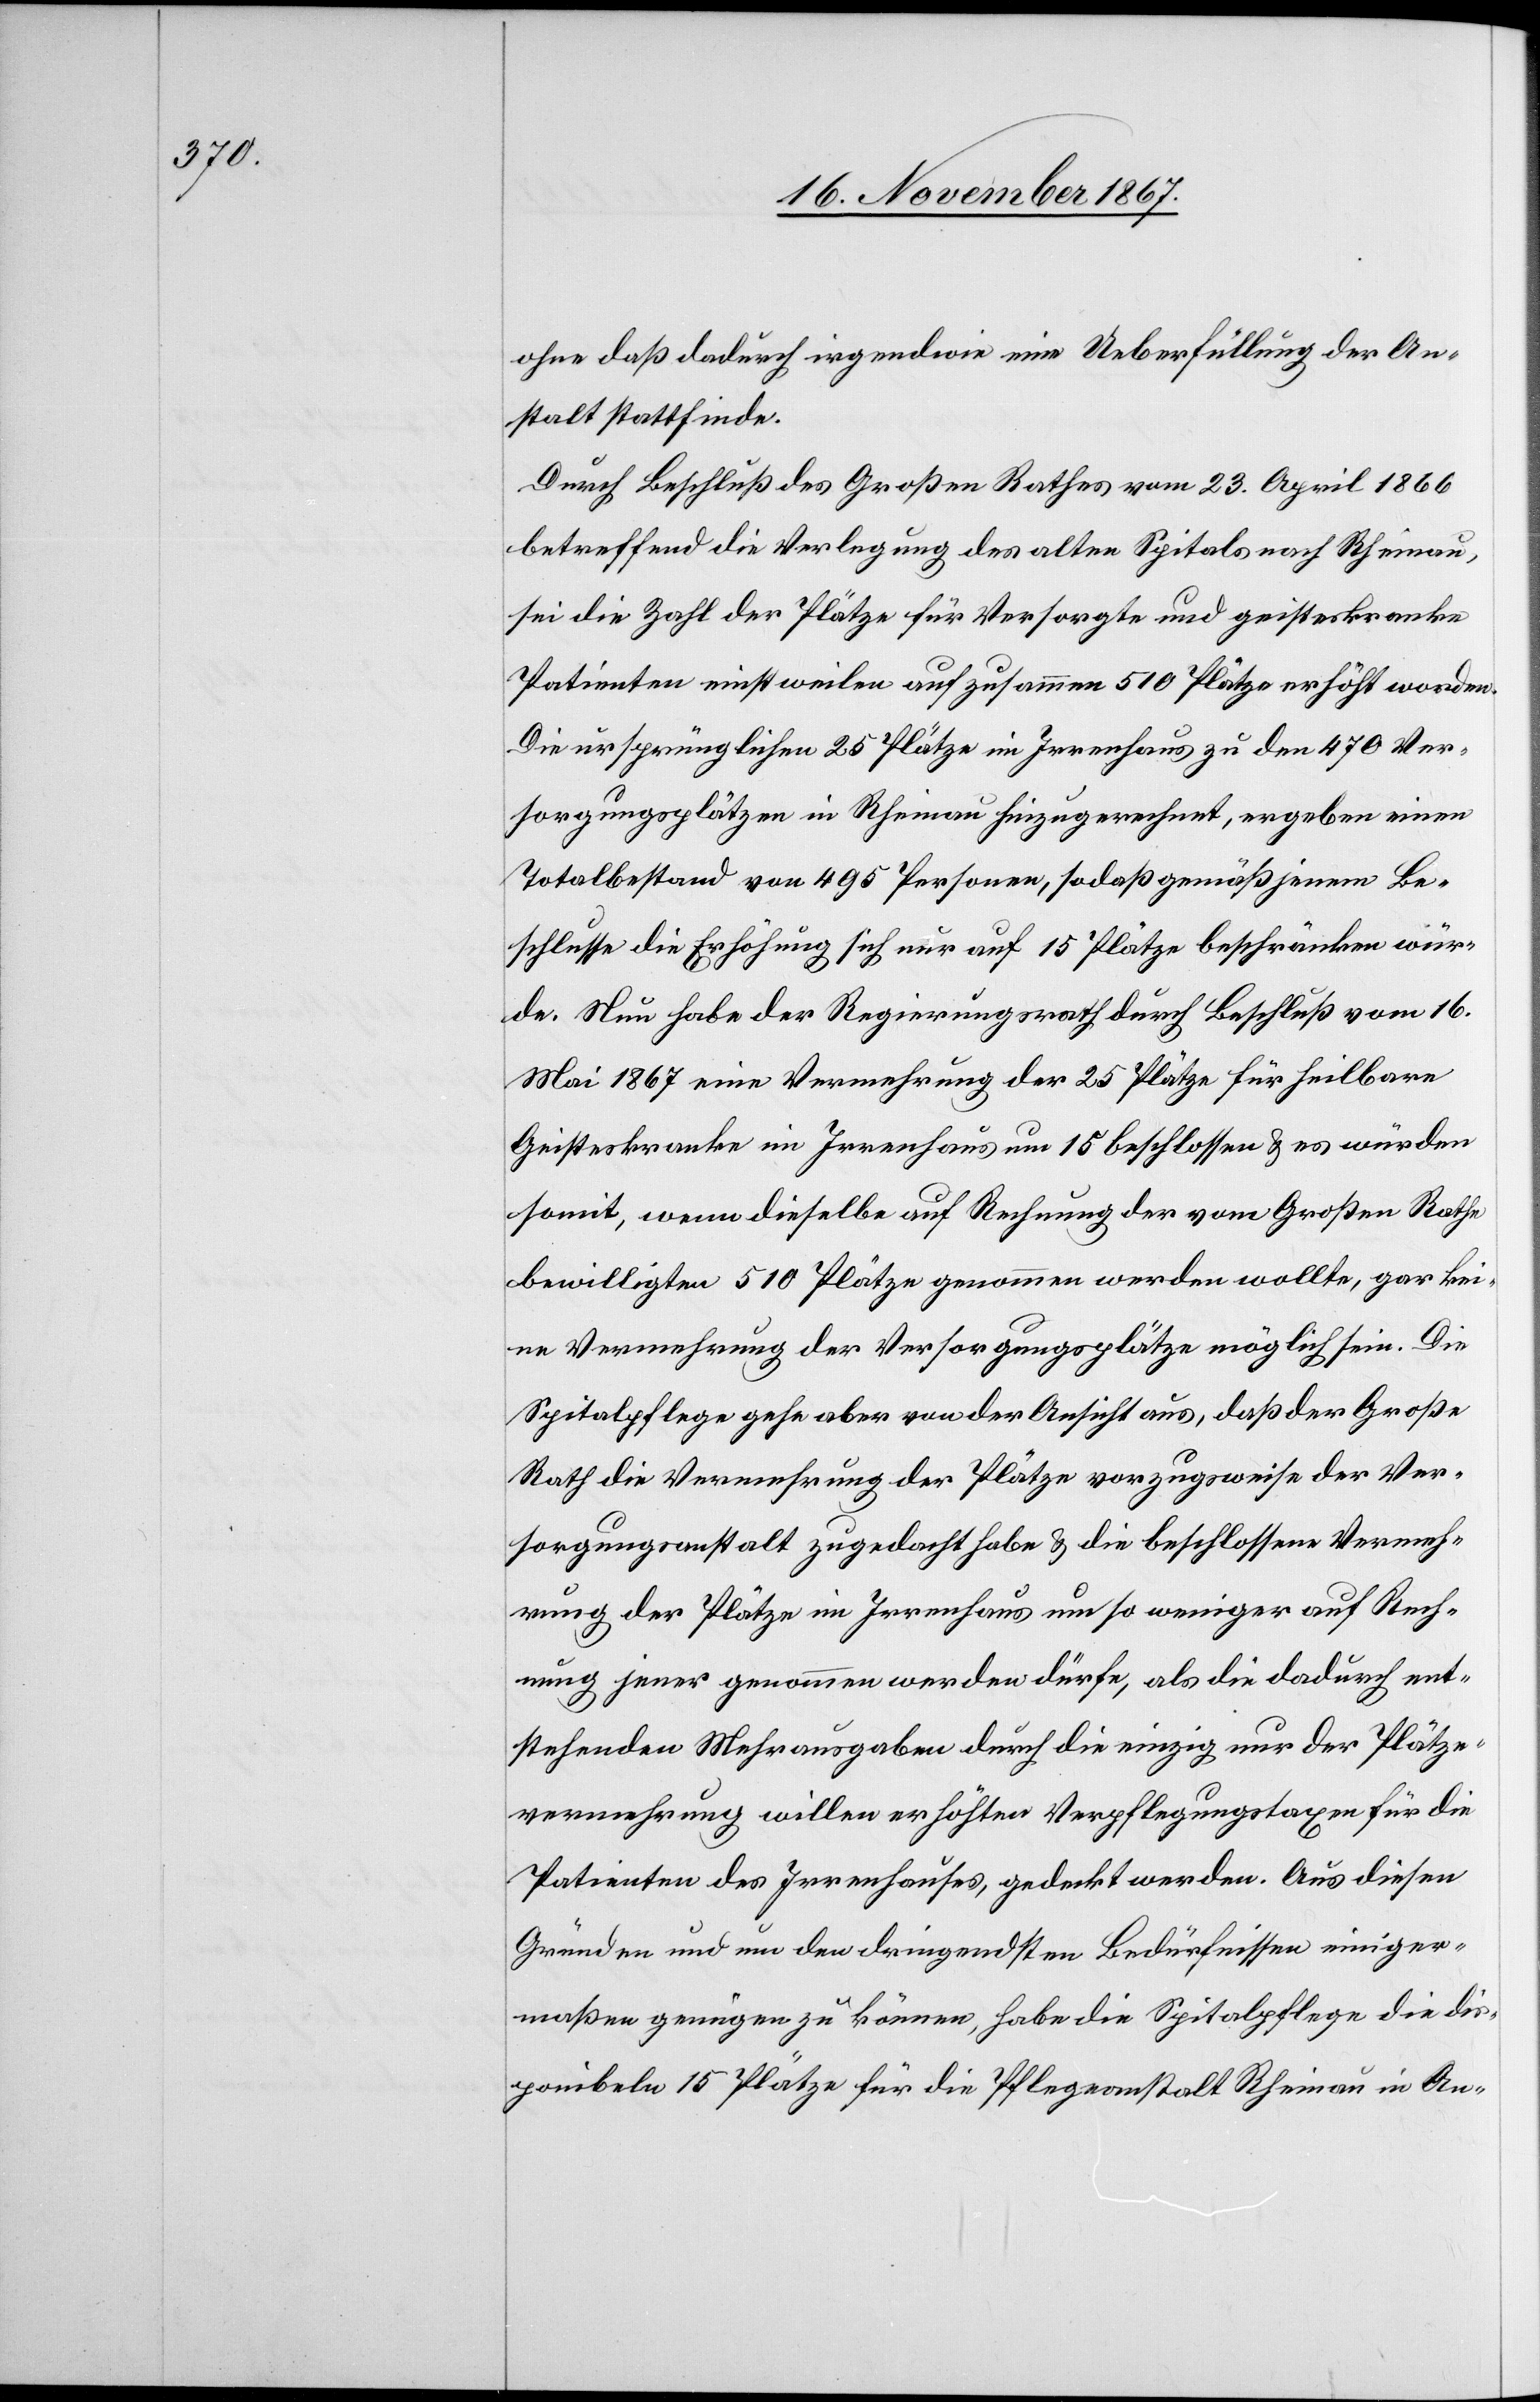
ohne daß dadurch irgendwie eine Ueberfüllung der An¬
stalt stattfinde.
Durch Beschluß des Großen Rathes vom 23. April 1866
betreffend die Verlegung des alten Spitals nach Rheinau,
sei die Zahl der Plätze für Versorgte und geisteskranke
Patienten einstweilen auf zusammen 510 Plätze erhöht worden.
Die ursprünglichen 25 Plätze im Irrenhaus zu den 470 Ver¬
sorgungsplätzen in Rheinau hinzugerechnet, ergeben einen
Totalbestand von 495 Personen, sodaß gemäß jenem Be¬
schlusse die Erhöhung sich nur auf 15 Plätze beschränken wür¬
de. Nun habe der Regierungsrath durch Beschluß vom 16.
Mai 1867 eine Vermehrung der 25 Plätze für heilbare
Geisteskranke im Irrenhaus um 15 beschlossen u. es würden
somit, wenn dieselbe auf Rechnung der vom Großen Rathe
bewilligten 510 Plätze genommen werden wollte, gar kei¬
ne Vermehrung der Versorgungsplätze möglich sein. Die
Spitalpflege gehe aber von der Ansicht aus, daß der Große
Rath die Vermehrung der Plätz vorzugsweise der Ver¬
sorgungsanstalt zugedacht habe u. die beschlossene Vermeh¬
rung der Plätze im Irrenhaus um so weniger auf Rech¬
nung jener genommen werden dürfe, als die dadurch ent¬
stehenden Mehrausgaben durch die einzig nur der Plätze¬
vermehrung willen erhöhten Verpflegungstaxen für die
Patienten des Irrenhauses, gedeckt werden. Aus diesen
Gründen und um den dringendsten Bedürfnissen einiger¬
maßen genügen zu können, habe die Spitalpflege die dis¬
poniblen 15 Plätze für die Pflegeanstalt Rheinau in An-